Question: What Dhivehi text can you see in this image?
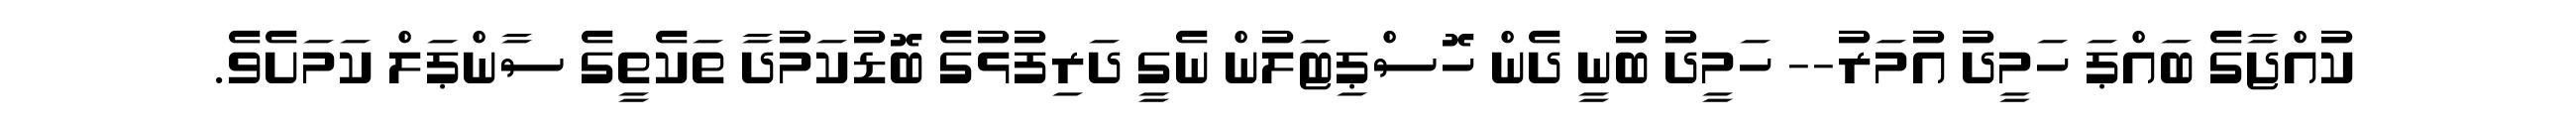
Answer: ކުއްޖާގެ ބައްޕަ ހަމީދު އުމަރު-- ހަމީދު ބުނީ ދެން ހޮސްޕިޓަލުން ނެގީ ދަރިފުޅުގެ ބޮޑުކަމުދާ ތަކެތީގެ ސާންޕަލް ކަމަށެވެ.